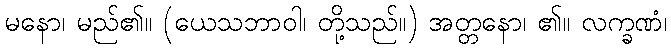
မနော၊ မည်၏။ (ယေသဘာဝါ၊ တို့သည်။) အတ္တနော၊ ၏။ လက္ခဏံ၊